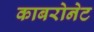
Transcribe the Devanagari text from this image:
काबरोनेट